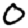
Digit: 0